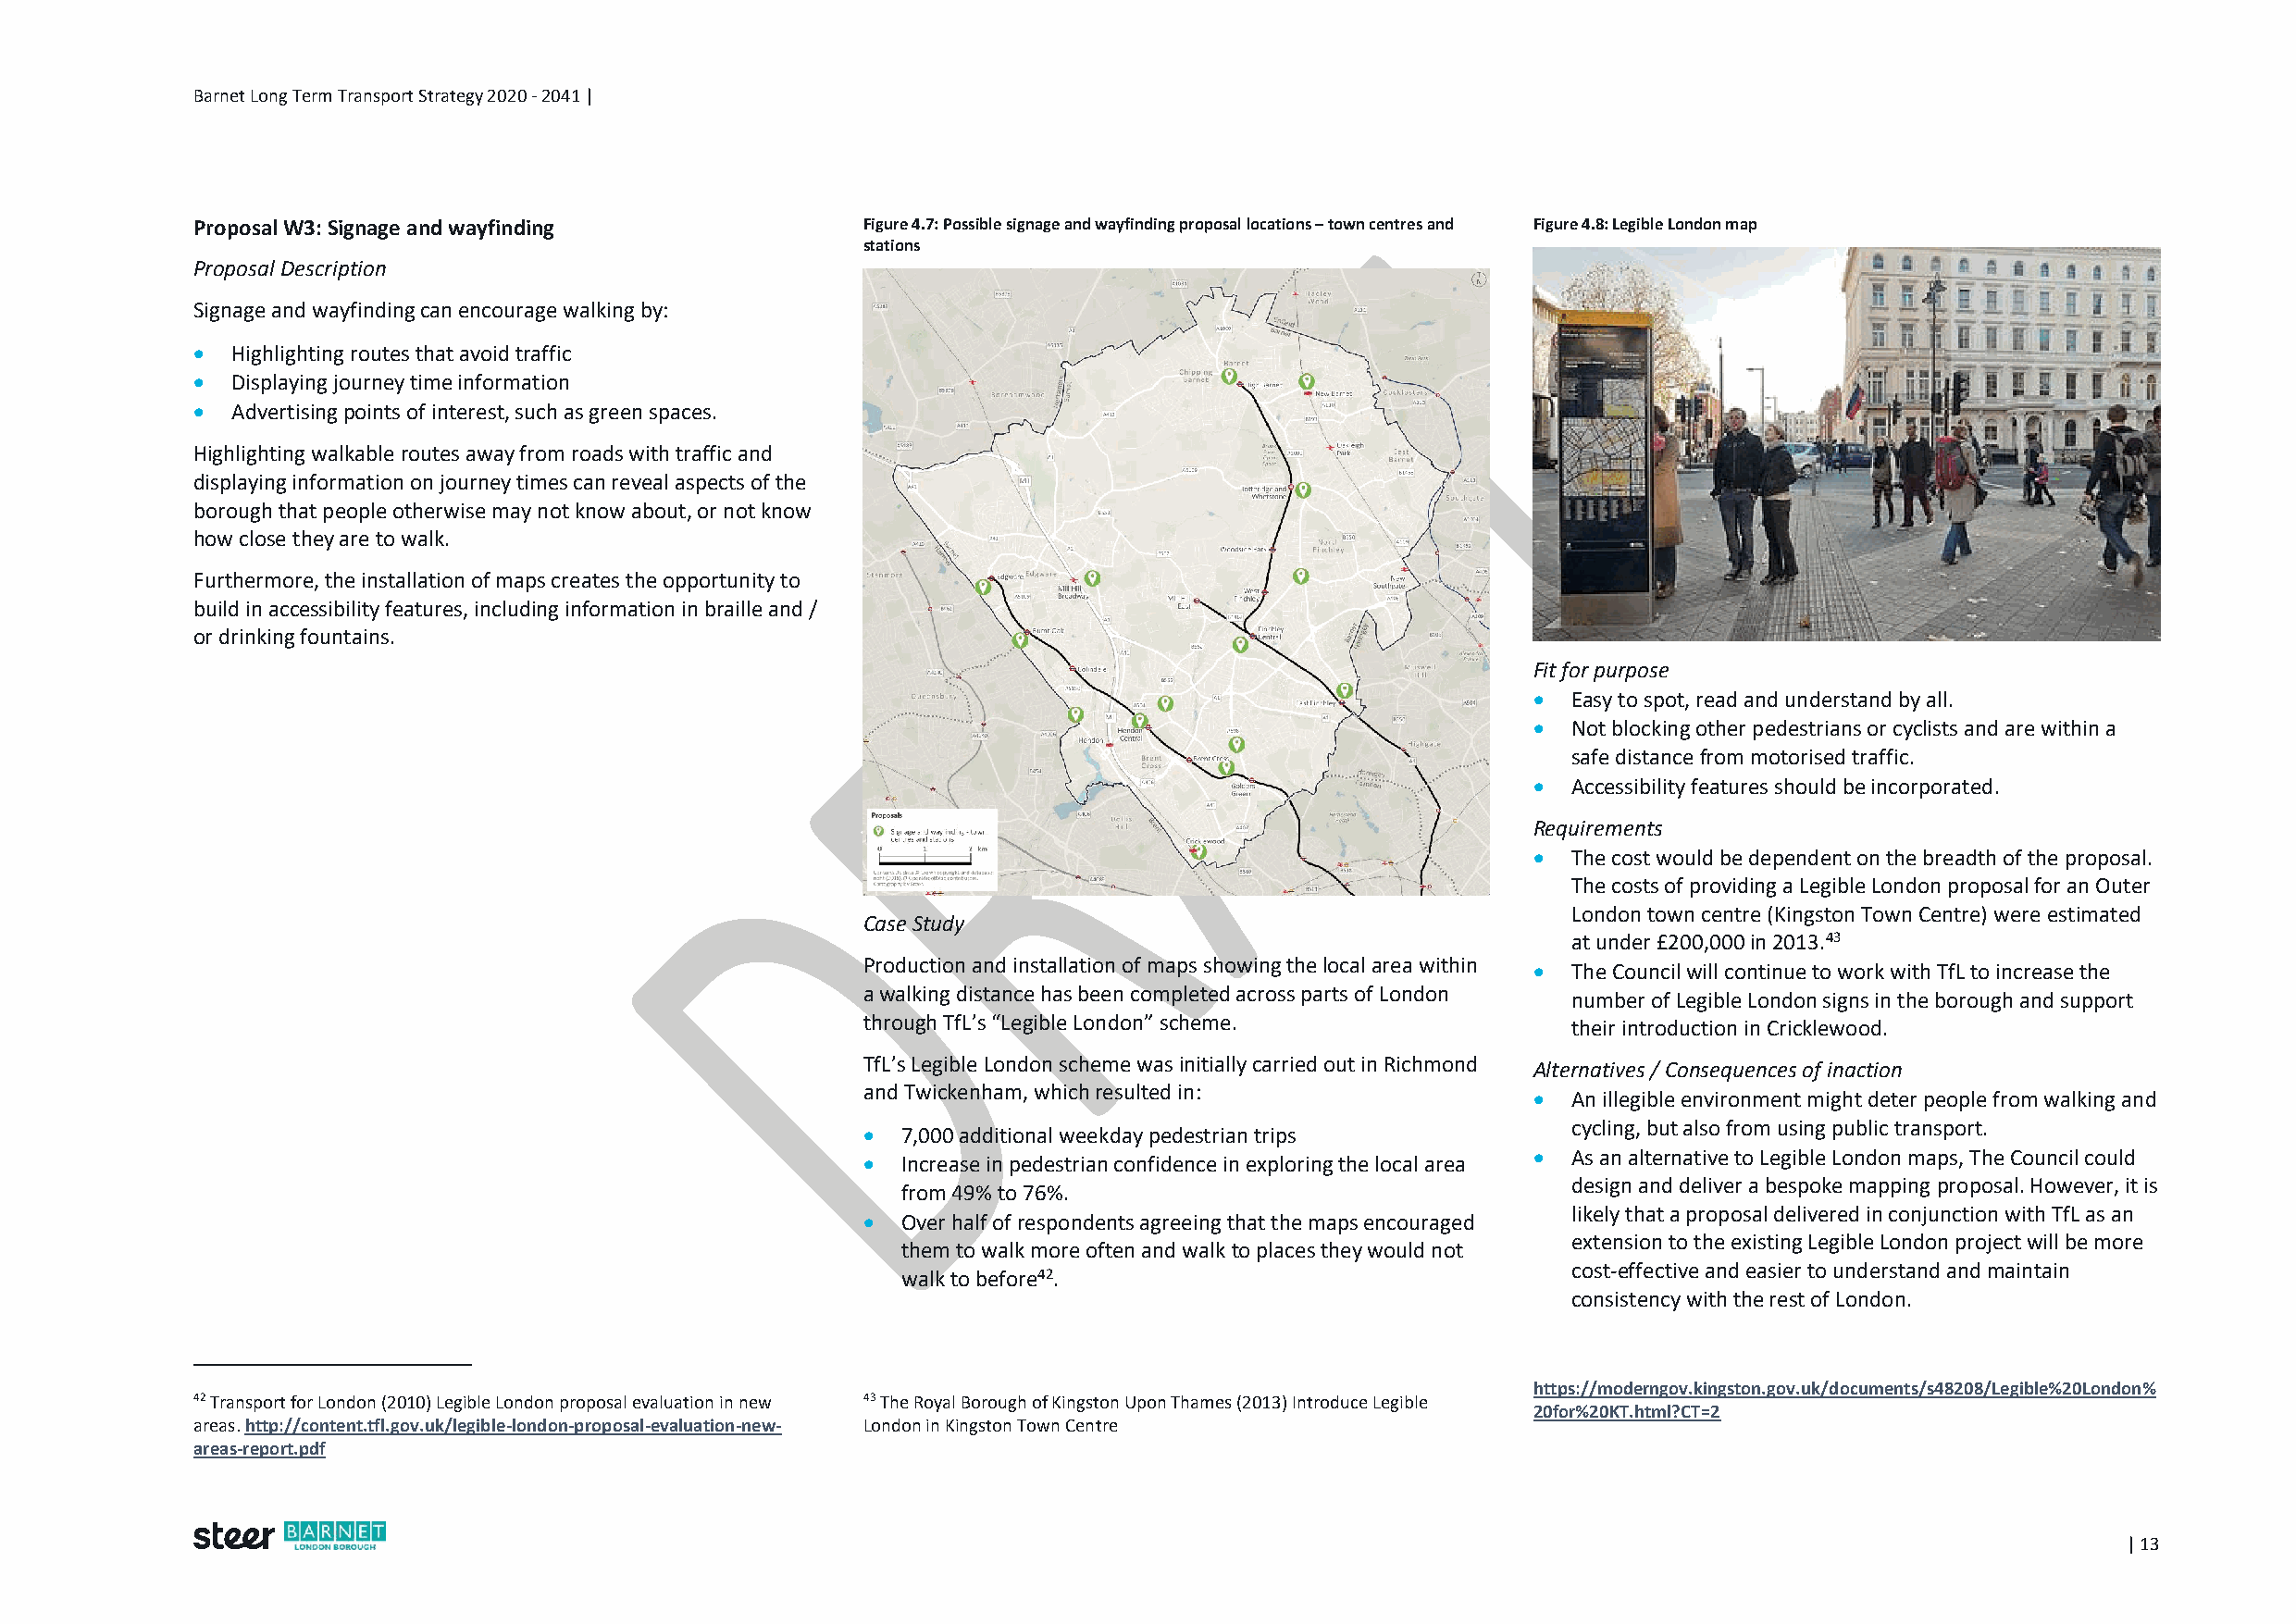
Barnet Long Term Transport Strategy 2020 - 2041 |
 Proposal W3: Signage and wayfinding             Figure 4.7: Possible signage and wayfinding proposal locations – town centres and Figure 4.8: Legible London map
 stations
 Proposal Description
 Signage and wayfinding can encourage walking by:
   Highlighting routes that avoid traffic
   Displaying journey time information
   Advertising points of interest, such as green spaces.
 Highlighting walkable routes away from roads with traffic and
 displaying information on journey times can reveal aspects of the
 borough that people otherwise may not know about, or not know
 how close they are to walk.
 Furthermore, the installation of maps creates the opportunity to
 build in accessibility features, including information in braille and /
 or drinking fountains.
 Fit for purpose
  Easy to spot, read and understand by all.
  Not blocking other pedestrians or cyclists and are within a
 safe distance from motorised traffic.
  Accessibility features should be incorporated.
 Requirements
  The cost would be dependent on the breadth of the proposal.
 The costs of providing a Legible London proposal for an Outer
 London town centre (Kingston Town Centre) were estimated
 Case Study
 at under £200,000 in 2013.43
 Production and installation of maps showing the local area within  The Council will continue to work with TfL to increase the
 a walking distance has been completed across parts of London
 number of Legible London signs in the borough and support
 through TfL’s “Legible London” scheme.
 their introduction in Cricklewood.
 TfL’s Legible London scheme was initially carried out in Richmond
 Alternatives / Consequences of inaction
 and Twickenham, which resulted in:
  An illegible environment might deter people from walking and
 cycling, but also from using public transport.
  7,000 additional weekday pedestrian trips
  As an alternative to Legible London maps, The Council could
  Increase in pedestrian confidence in exploring the local area
 design and deliver a bespoke mapping proposal. However, it is
 from 49% to 76%.
 likely that a proposal delivered in conjunction with TfL as an
  Over half of respondents agreeing that the maps encouraged
 extension to the existing Legible London project will be more
 them to walk more often and walk to places they would not
 cost-effective and easier to understand and maintain
 walk to before42.
 consistency with the rest of London.
 https://moderngov.kingston.gov.uk/documents/s48208/Legible%20London%
 42 Transport for London (2010) Legible London proposal evaluation in new 43 The Royal Borough of Kingston Upon Thames (2013) Introduce Legible
 20for%20KT.html?CT=2
 areas. http://content.tfl.gov.uk/legible-london-proposal-evaluation-new- London in Kingston Town Centre
 areas-report.pdf
 | 13